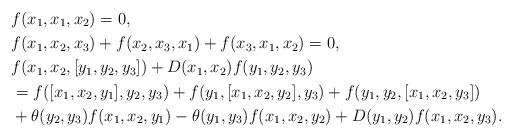
LaTeX: \begin{align*} &f(x_1,x_1,x_2)=0,\\ &f(x_1,x_2,x_3)+f(x_2,x_3,x_1)+f(x_3,x_1,x_2)=0,\\ &f(x_1,x_2,[y_1,y_2,y_3])+D(x_1,x_2)f(y_1,y_2,y_3)\\ &=f([x_1,x_2,y_1],y_2,y_3)+f(y_1,[x_1,x_2,y_2],y_3)+f(y_1,y_2,[x_1,x_2,y_3])\\ &+\theta(y_2,y_3)f(x_1,x_2,y_1)-\theta(y_1,y_3)f(x_1,x_2,y_2)+D(y_1,y_2)f(x_1,x_2,y_3).\end{align*}